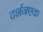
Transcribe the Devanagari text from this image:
दर्शनएक